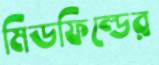
মিডফিল্ডের